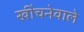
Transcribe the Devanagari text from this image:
खींचनेवाले